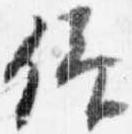
仰